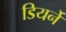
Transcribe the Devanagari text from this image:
डियर्ने